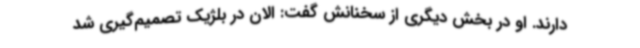
دارند. او در بخش دیگری از سخنانش گفت: الان در بلژیک تصمیم‌گیری شد